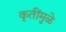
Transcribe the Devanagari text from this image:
कृतींमुळे